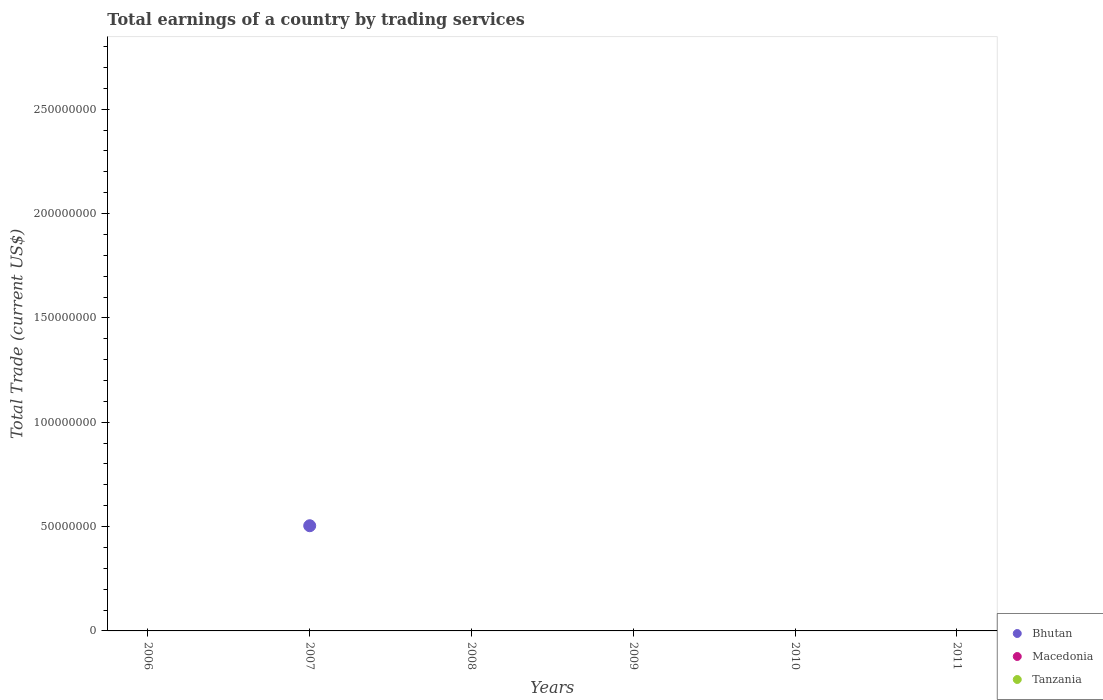
| Years | Bhutan | Macedonia | Tanzania |
 | --- | --- | --- | --- |
 | 2006 | -1.36e+08 | -1.23e+09 | -1.67e+09 |
 | 2007 | 5.04e+07 | -1.59e+09 | -2.17e+09 |
 | 2008 | -1.12e+08 | -2.56e+09 | -3.1e+09 |
 | 2009 | -1.08e+08 | -2.14e+09 | -2.4e+09 |
 | 2010 | -3.45e+08 | -1.86e+09 | -2.68e+09 |
 | 2011 | -5.59e+08 | -2.14e+09 | -4.64e+09 |